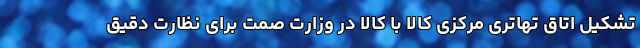
تشکیل اتاق تهاتری مرکزی کالا با کالا در وزارت صمت برای نظارت دقیق